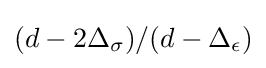
(d-2\Delta _{\sigma })/(d-\Delta _{\epsilon })